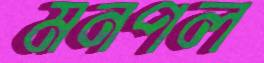
মনপল